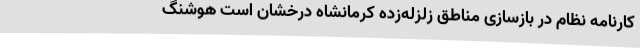
کارنامه نظام در بازسازی مناطق زلزله‌زده کرمانشاه درخشان است هوشنگ